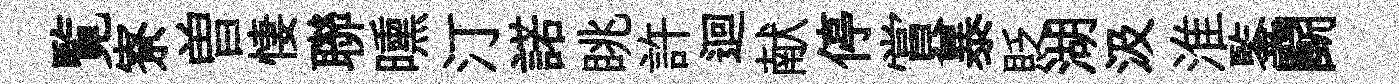
覧寮曽悽聯曛汀諾眺許迴献停賞暴貶湖汲淮鍳鬬